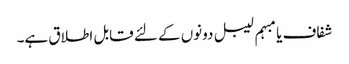
شفاف یا مبہم لیبل دونوں کے لئے قابل اطلاق ہے۔